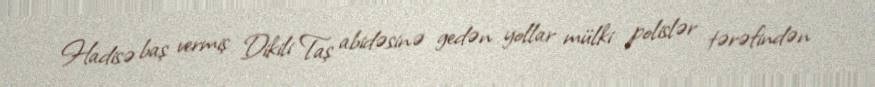
Hadisə baş vermiş Dikili Taş abidəsinə gedən yollar mülki polislər tərəfindən